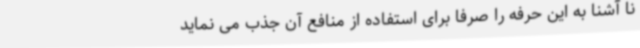
نا آشنا به این حرفه را صرفا برای استفاده از منافع آن جذب می نماید